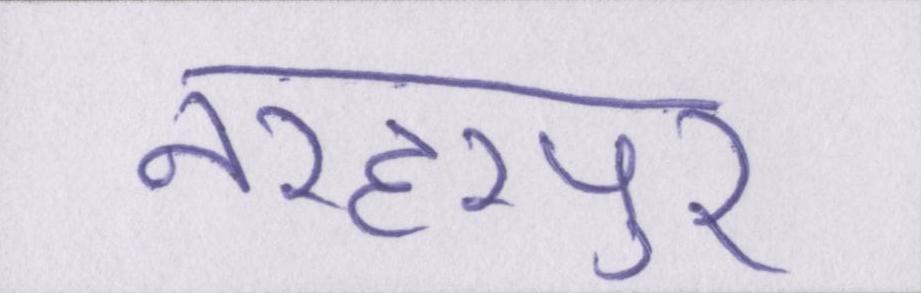
नरहरपुर